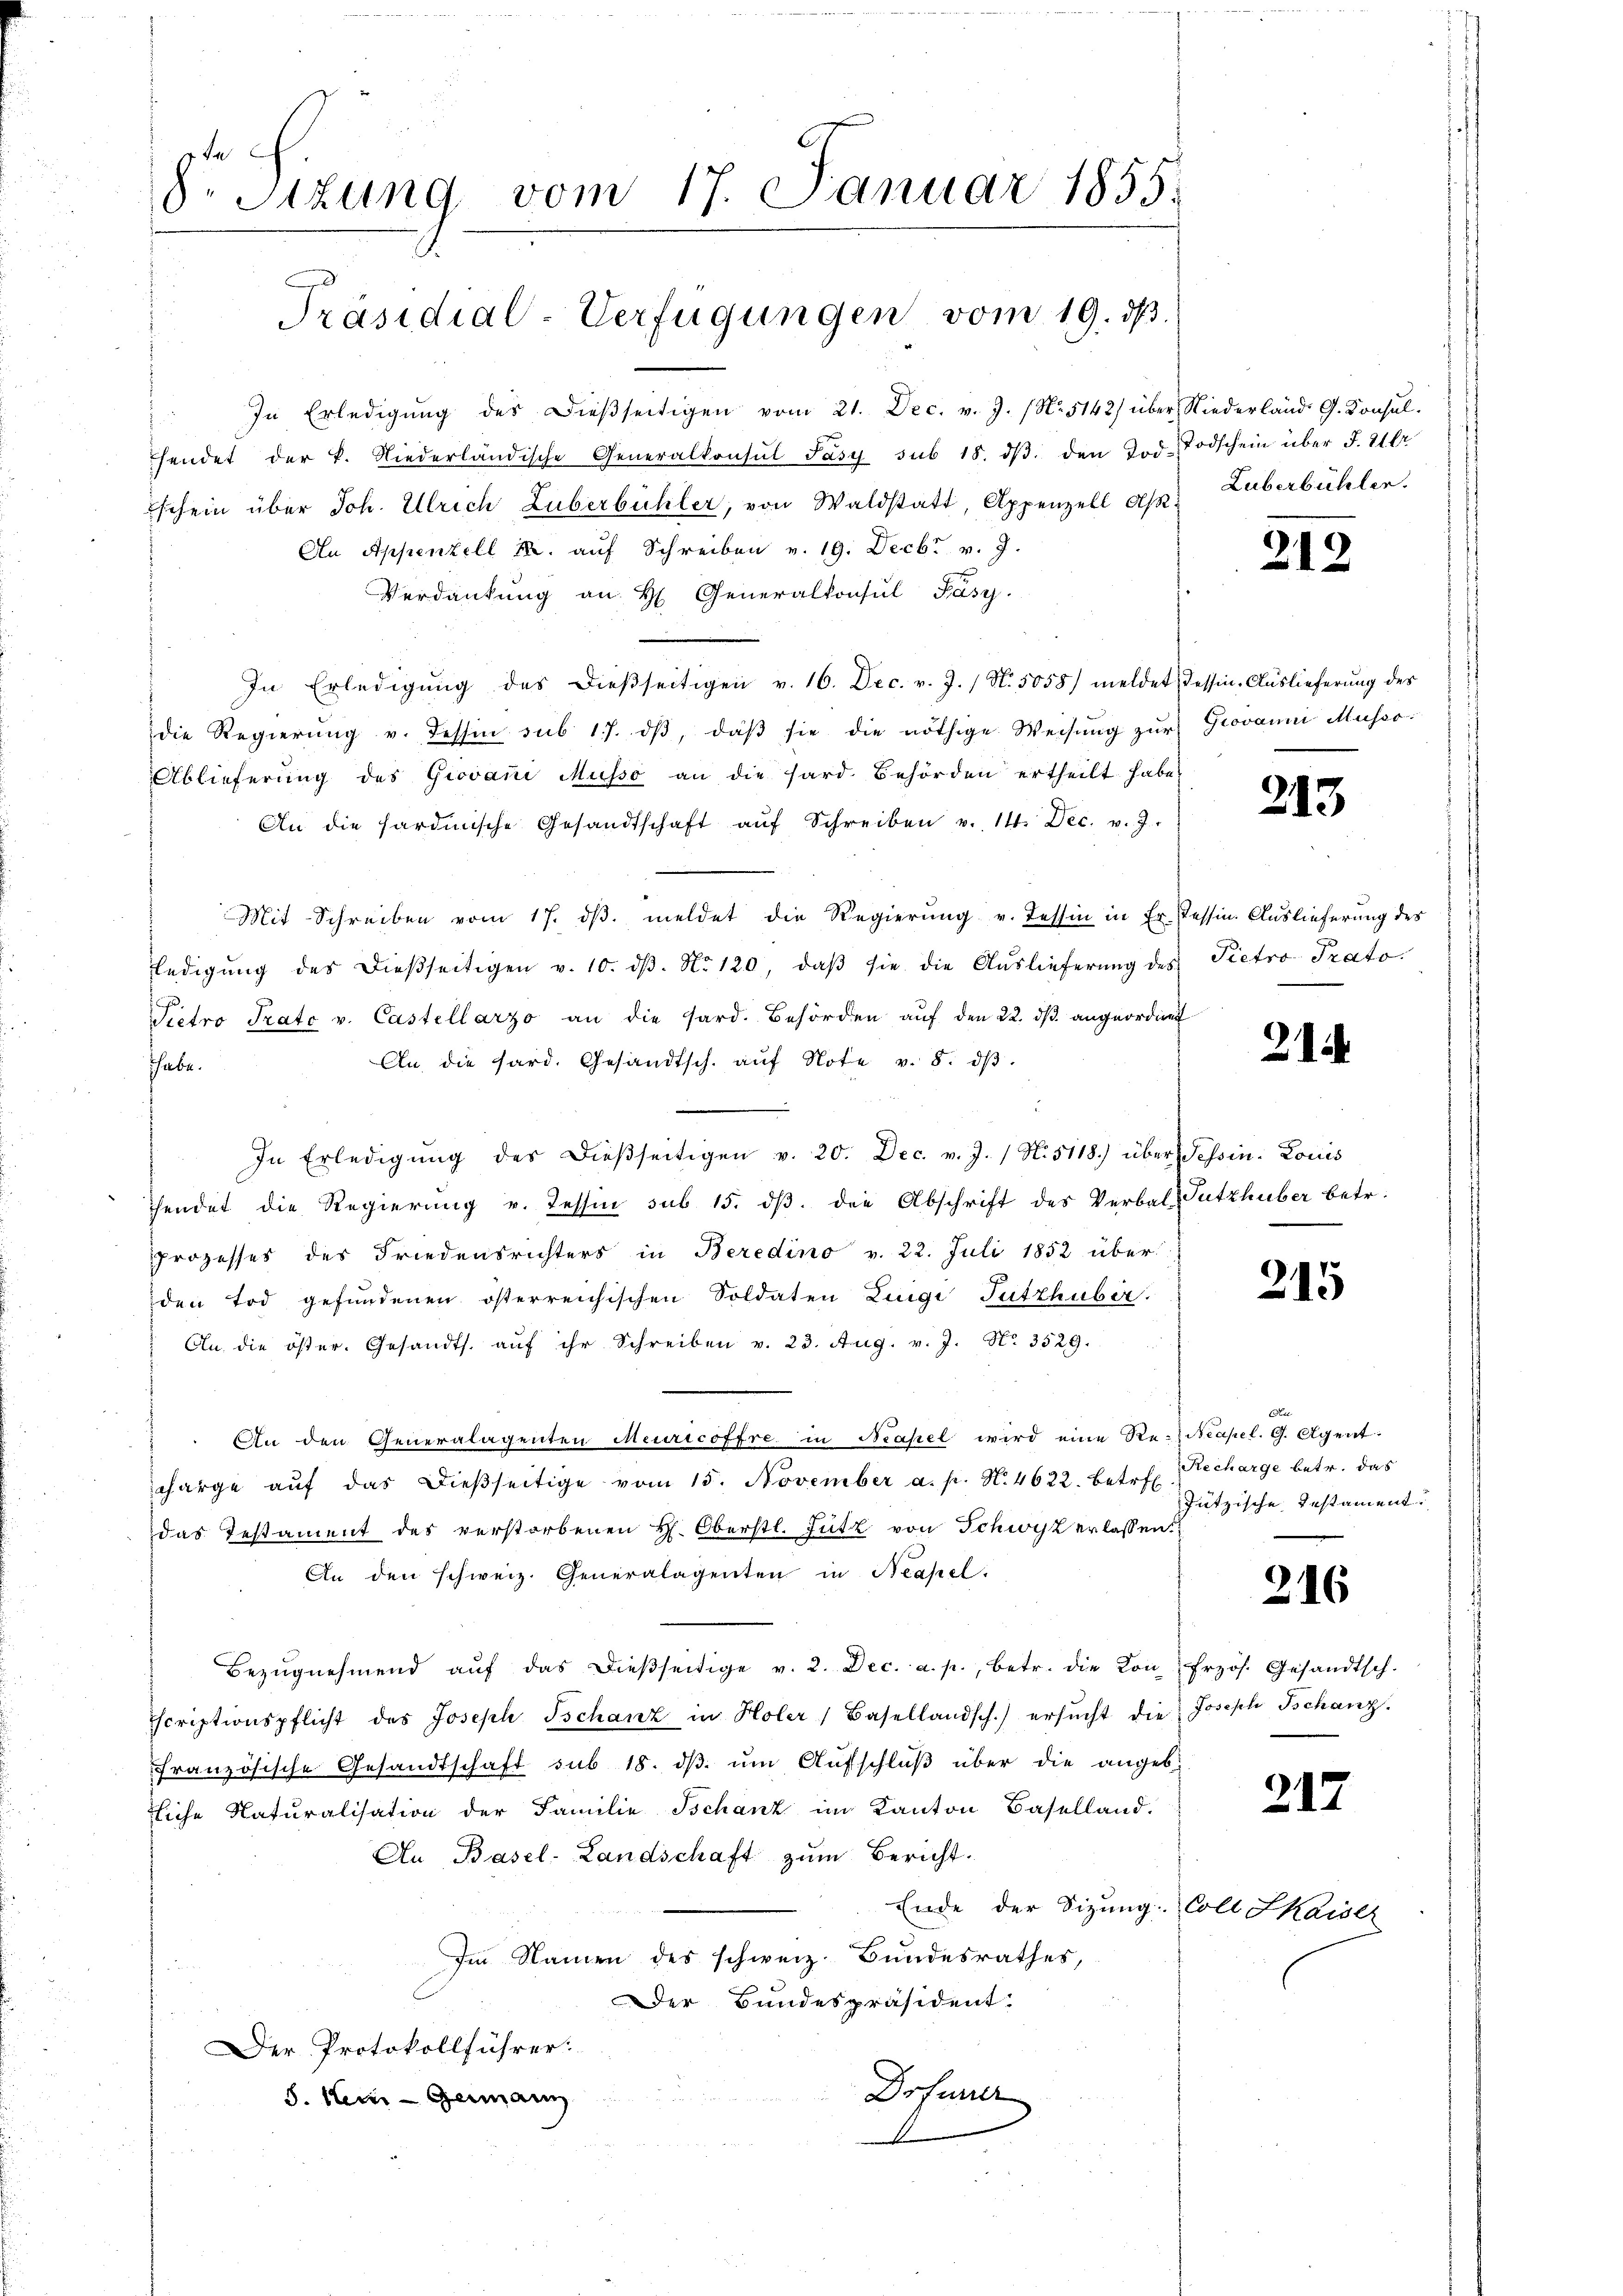
8. Sitzung vom 17. Januar 1855.
Präsidial-Verfügungen vom 19. ds.

" In Erledigŭng des Dieβseitigen vom 21. Dec. v. J. (N. 5142) über Niederland. G. Konsul-
hendet der k. Niederländische Generalkonsul Jasy sub 18. dβ. den Tod. Todschein über J. Ulr
Eschein über Joh. Ulrich Zuberbühler, von Waldstatt, Appenzell Ap Luberbühlen
An Appenzell u. auf Schreiben v. 19. Decbr v. J.
Verdankung an H. Generalkonsul Pásy.
In Erledigŭng des dieβseitigen v. 16. Dec. v. J. / N. 5055/ meldet dessen-Auslieferŭng des
die Regierŭng v. dessin sub 17. dβ, daβ sie die nöthige Weisŭng zŭr Grovanni Museo¬
Ablieferung des Giovane Musso an die sard. Behörden ertheilt habe,
An die hardinische Gesandtschaft aŭf Schreiben v. 14. Dec. v. J.
Mit Schreiben vom 17. dβ. meldet die Regierung v. Tessin in Er tessin. Auslieferung des
ledigŭng des dießseitigen v. 10. dβ. No 120, daβ sie die Aŭslieferŭng des Pietro Prato¬
Pietro Prato v. Castellarzo an die sard. Behörden auf den 22. dβ angeordnet
An die sard. Gesandtsch. aŭf Note v. 8. dβ.
habe.
In Erledigŭng des dießseitigen v. 20. Dec. v. J. / N. 5118) über Tessin. Louis
fendet die Regierung v. Tessin sub 15. dβ. die Abschrift des Verbal-Putzhuber betr.
Prozesses des Friedensrichters in Beredino v. 22. Juli 1852 über
den Tod gefundenen österreichischen Soldaten Zingi Tutthuber.
Cn die öster. Gesandts. aŭf ihr Schreiben v. 23. Aŭg. v. J. No. 3529.
An den Generalagenten Meuricoffre in Neapel wird eine Re-Neapel. G. Agent
charge aŭf das dieβseitige vom 15. November a. p. N. 4622. Betr. Recharge betr. das
das Testament des verstorbenen H. Oberstl. Fütz von Schwyz erlassen.
An den schweiz. Generalagenten in Neapel.
Bezŭgnehmend aŭf das dieβseitige v. 2. Dec. a. p., betr. die Konfrzös. Gesandtsch.
Scriptionspflicht des Joseph Tschanz in Holer Basellandsch.) ersŭcht die Joseph Tschanz.
französische Gesandtschaft sub 18. dβ ŭm Aufschluß über die angeb
tliche Naturalisation der Familie Ischanz im Kanton Baselland.
An Basel-Landschaft zum Bericht.
Ende der Sitzung: Coll Skaiser
Im Namen des schweiz. Bundesrathes,
Der Bundespräsident.
er Protokollführer:
Drfurrer
s. Kein Germann

Jützische Instament.

212

213

21

215

216

217